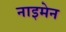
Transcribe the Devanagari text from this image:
नाइमेन